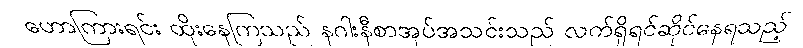
ဟောကြားရင်း ထိုးနေကြသည် နဂါးနီစာအုပ်အသင်းသည် လက်ရှိရင်ဆိုင်နေရသည့်